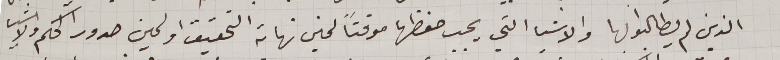
الذين لم يطالبوا بها والاشيا التي يجب حفظها موقتاً لحين نهاية التحقيق او لحين صدور الحكم والاشيا